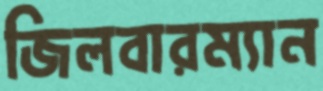
জিলবারম্যান